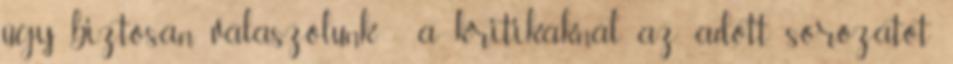
úgy biztosan válaszolunk. - a kritikáknál az adott sorozatot